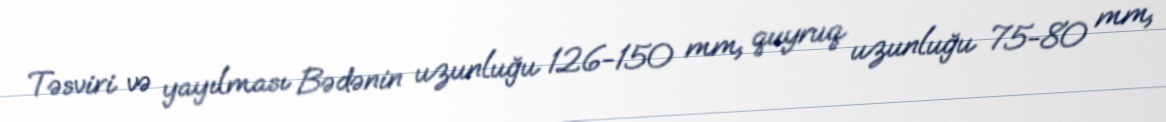
Təsviri və yayılması Bədənin uzunluğu 126-150 mm, quyruq uzunluğu 75-80 mm,